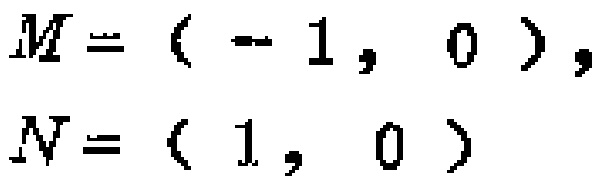
$M = (-1, 0), N = (1, 0)$